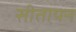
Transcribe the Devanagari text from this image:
सीतायन